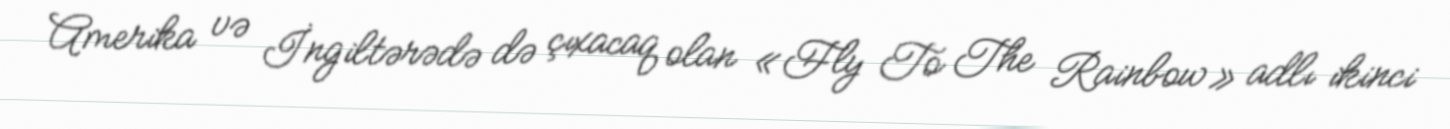
Amerika və İngiltərədə də çıxacaq olan «Fly To The Rainbow» adlı ikinci